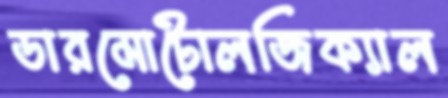
ডারমোটোলজিক্যাল